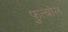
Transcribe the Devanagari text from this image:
फुत्बोल